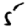
Digit: 5